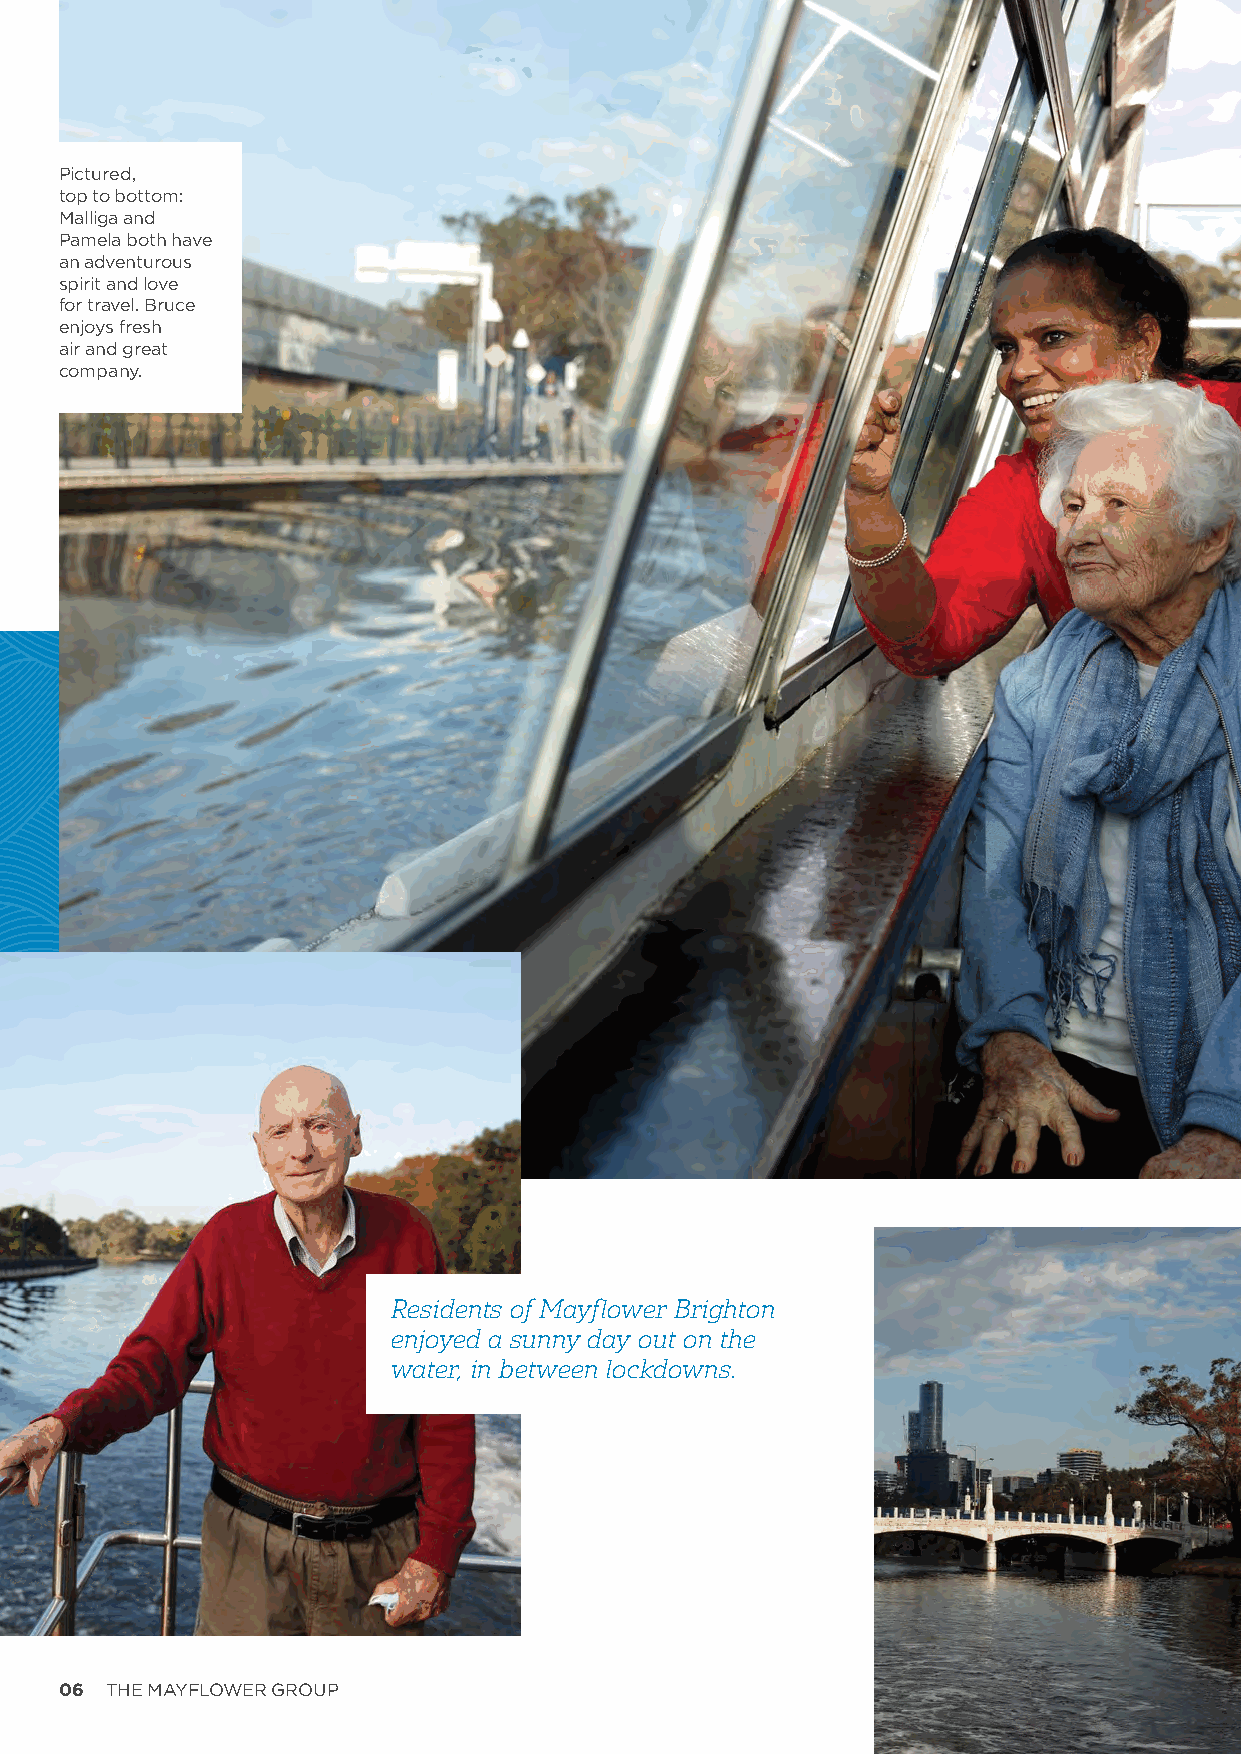
Pictured,
 top to bottom:
 Malliga and
 Pamela both have
 an adventurous
 spirit and love
 for travel. Bruce
 enjoys fresh
 air and great
 company.
 Residents of Mayflower Brighton
 enjoyed a sunny day out on the
 water, in between lockdowns.
 06 THE MAYFLOWER GROUP